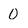
Character: 0